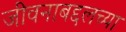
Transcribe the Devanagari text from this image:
जीवनाबद्दलच्या